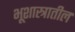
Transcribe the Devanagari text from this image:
भूशास्त्रातील